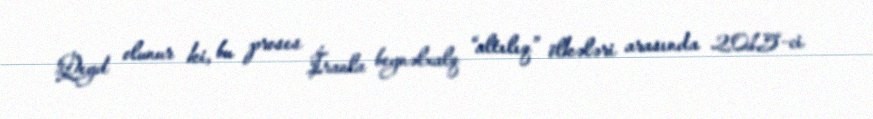
Qeyd olunur ki, bu proses İranla beynəlxalq “altılıq” ölkələri arasında 2015-ci